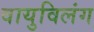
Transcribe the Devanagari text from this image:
वायुविलंग